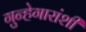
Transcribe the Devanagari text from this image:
गुन्हेगारांशी